Medical and sanitary report of the native army of Bengal for the year
Year: 1875
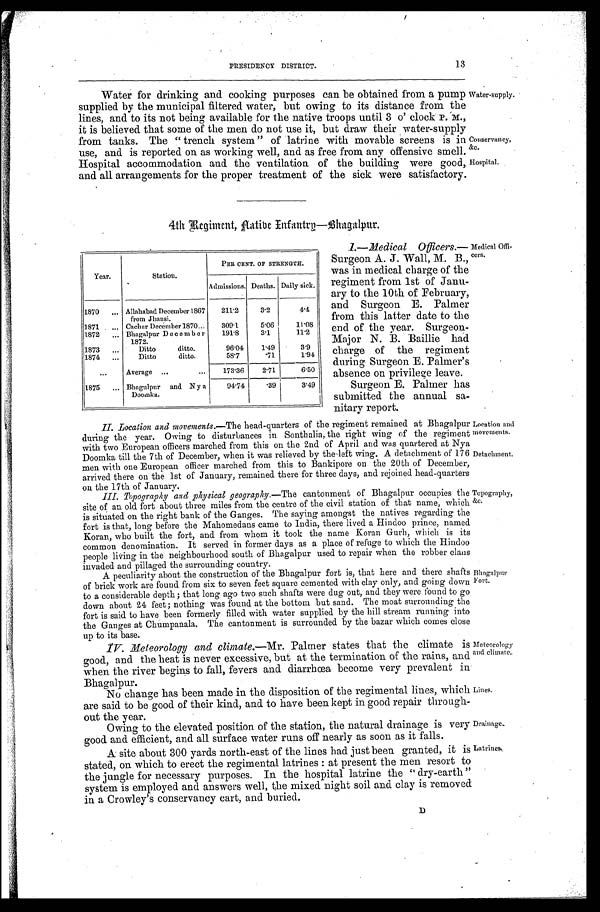
Drainage.
Latrines .
13
PRESIDENCY DISTRICT.
Water for drinking and cooking purposes can be obtained from a pump
supplied by the municipal filtered water, but owing to its distance from the
lines, and to its not being available for the native troops until 3 o' clock P. M .,
it is believed that some of the men do not use it, but draw their water-supply
from tanks. The "trench system" of latrine with movable screens is in
use, and is reported on as working well, and as free from any offensive smell.
Hospital accommodation and the ventilation of the building were good,
and all arrangements for the proper treatment of the sick were satisfactory.
Water-supply.
Conservancy,
&c.
Hospital.
4th Regiment, Aatibe Infantry—Bhagalpur.
Z.—Medical Officers.—
Surgeon A. J. Wall, M. B.,
was in medical charge of the
regiment from 1st of Janu
-ary to the 10th of February,
and Surgeon E. Palmer
from this latter date to the
end of the year. Surgeon
-Major N. B. Baillie had
charge of the regiment
during Surgeon E. Palmer's
absence on privilege leave.
Surgeon E. Palmer has
submitted the annual sa
- n i t a r y r e p o r t .
II. Location and movements .—The head-quarters of the regiment remained at Bhagalpur
during the year. Owing to disturbances in
Sonthalia, the right wing of the regiment
with two European officers marched from this on the 2nd of April and was quartered at Nya
Doomka till the 7th of December, when it was relieved by the left wino. A detachment of 176
men with one European officer marched from this to Bankipore on the 20th of December,
arrived there on the 1st of January, remained there for three days, and rejoined head-quarters
on the 17th of January.
III. Topography and physical geography .—The cantonment of Bhagalpur occupies the
site of an old fort about three miles from the centre of the civil station of that name, which
is situated on the right bank of the Ganges. The saying amongst the natives regarding the
fort is that, long before the Mahomedans came to India, there lived a Hindoo prince, named
Koran, who built the fort, and from whom it took the name Koran Gurh, which is its
common denomination. It served in former days as a place of refuge to which the Hindoo
people living in the neighbourhood south of Bhagalpur used to repair when the robber clans
invaded and pillaged the surrounding country.
Year.
Station.
PER CENT. OF STRENGTH.
Admissions. Deaths. Daily sick.
1870 . . . Allahabad December 1867
from Jhansi.
211.2
3.2
4.4
1871 . . . Cachar December 1870 . . .
309.1
5.06
11.08
1872 . . . Bhagalpur December
1872.
191.8
3.1
11.2
1873 . . .
Ditto ditto.
96.04
1.49
3.9
1874 . . .
Ditto ditto.
58.7
.71
1.94
. . .
Average . . .
173.36
2.71
6.50
1875 . . . Bhagulpur and Ny a
Doomka.
94.74
.39
3.49
Medical Offi
-cers.
Location and
movements.
Detachment.
Topography
&c.
A peculiarity about the construction of the Bhagalpur fort is, that here and there shafts
of brick work are found from six to seven feet square cemented with clay only, and going down
to a considerable depth; that long ago two such shafts were dug out, and they were found to go
down about 24 feet; nothing was found at the bottom but sand. The moat surrounding the
fort is said to have been formerly filled with water supplied by the hill stream running into
the Ganges at Chumpanala. The cantonment is surrounded by the bazar which comes close
up to its base.
IV. Meteorology and climate .—Mr. Palmer states that the climate is
good, and the heat is never excessive, but at the termination of the rains, and
when the river begins to fall, fevers and diarrhœa become very prevalent in
Bhagalpur.
Bhagalpur
Fort.
Meteorology
and climate.
No change has been made in the disposition of the regimental lines, which
are said to be good of their kind, and to have been kept in good repair through
-out the year.
O Owing to the elevated position of the station, the natural drainage is very
good and efficient, and all surface water runs off nearly as soon as it falls.
A site about 300 yards north-east of the lines had just been granted, it is
stated, on which to erect the regimental latrines: at present the men resort to
the jungle for necessary purposes. In the hospital latrine the "dry-earth"
system is employed and answers well, the mixed night soil and clay is removed
in a Crowley's conservancy cart, and buried.